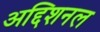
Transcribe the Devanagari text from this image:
अद्दिशनल